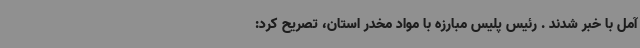
آمل با خبر شدند . رئیس پلیس مبارزه با مواد مخدر استان، تصریح کرد: